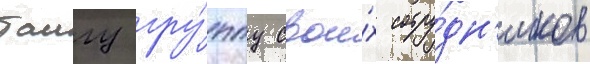
таигу гру́ппу свои́х сотру́дн'иков